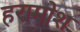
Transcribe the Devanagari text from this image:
हरामोश